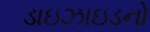
ડાઇઝાઇડનો